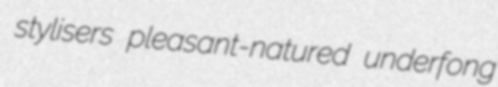
stylisers pleasant-natured underfong